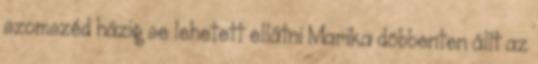
szomszéd házig se lehetett ellátni Marika döbbenten állt az